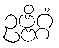
ဥဗ္ဗိဂ္ဂံ